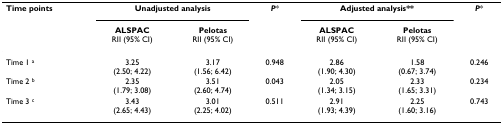
| Time points | <COLSPAN=2> Unadjusted analysis | P* | <COLSPAN=2> Adjusted analysis** | P* |
 |  | ALSPACRII (95% CI) | PelotasRII (95% CI) |  | ALSPACRII (95% CI) | PelotasRII (95% CI) |  |
 | --- | --- | --- | --- | --- | --- | --- |
 | Time 1 a | 3.25(2.50; 4.22) | 3.17(1.56; 6.42) | 0.948 | 2.86(1.90; 4.30) | 1.58(0.67; 3.74) | 0.246 |
 | Time 2 b | 2.35(1.79; 3.08) | 3.51(2.60; 4.74) | 0.043 | 2.05(1.34; 3.15) | 2.33(1.65; 3.31) | 0.234 |
 | Time 3 c | 3.43(2.65; 4.43) | 3.01(2.25; 4.02) | 0.511 | 2.91(1.93; 4.39) | 2.25(1.60; 3.16) | 0.743 |